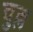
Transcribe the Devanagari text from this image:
चुल्ल